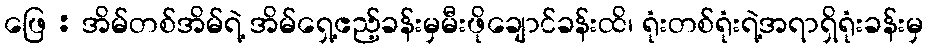
ဖြေ : အိမ်တစ်အိမ်ရဲ့ အိမ်ရှေ့ဧည့်ခန်းမှမီးဖိုချောင်ခန်းထိ၊ ရုံးတစ်ရုံးရဲ့အရာရှိရုံးခန်းမှ